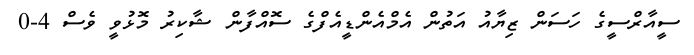
ސީއާރްސީގެ ހަސަން ޒިޔާއު އަތުން އެމްއެންޑީއެފްގެ ސޮއްފާން ޝާކިރު މޮޅުވީ ވެސް 4-0